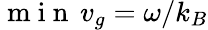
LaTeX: \mathrm{~m~i~n~}\, v_{g}=\omega/k_{B}